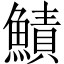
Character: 鰿